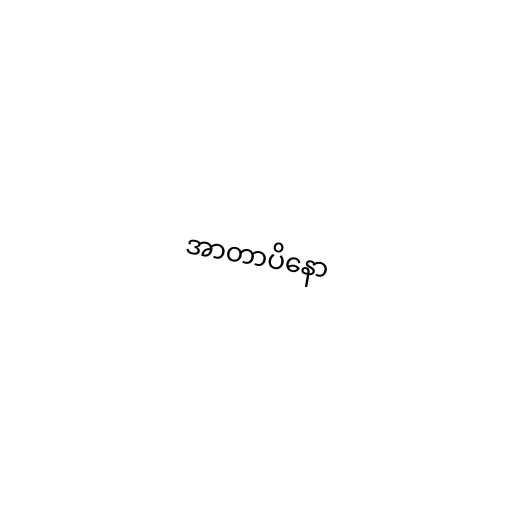
အာတာပိနော